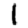
Digit: 1